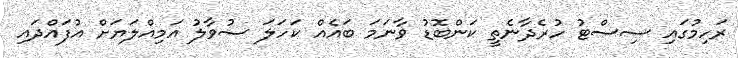
ރަހިމުގައި ސިސްޓު ހުރެދާނެތީ ކަންބޮޑު ވާނަމަ ބައެއް ކަހަލަ ސުވާލު އަމިއްލަޔަށް އުފައްދައި